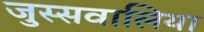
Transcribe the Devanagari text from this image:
जुस्सवालिया